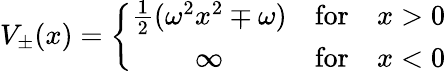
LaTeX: V_{\pm}(x)=\left\{ \begin{array}{cll}{{{\frac{1}{2}}(\omega^{2}x^{2}\mp\omega)}}&{{\mathrm{for}}}&{{x>0}}\\ {{\infty}}&{{\mathrm{for}}}&{{x<0}}\end{array}\right.